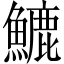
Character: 𩺮